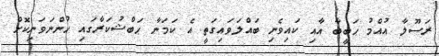
ރަސޫލާ އުއްމު ޙަބީބާ އާއި ކައިވެނި ބައްލަވައިގަތީ އެ ކަމަނާ ޙަބްޝުކަރާގައި ހުންނަވަނިކޮށް